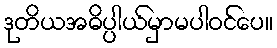
ဒုတိယအဓိပ္ပါယ်မှာမပါဝင်ပေ။